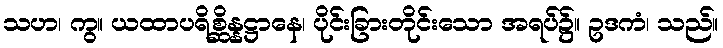
သဟ၊ ကွ။ ယထာပရိစ္ဆိန္နဋ္ဌာနေ၊ ပိုင်းခြားတိုင်းသော အရပ်၌။ ဥဒကံ၊ သည်။